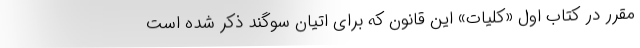
مقرر در کتاب اول «کلیات» این قانون که برای اتیان سوگند ذکر شده است